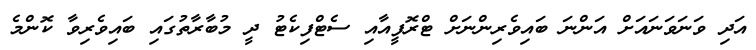
އަދި ވަނަވަނައަށް އަންނަ ބައިވެރިންނަށް ޓްރޮފީއާއި ސެޓްފިކެޓު ދީ މުބާރާތުގައި ބައިވެރިވާ ކޮންމެ